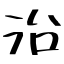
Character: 沿